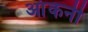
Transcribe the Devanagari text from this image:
आंकनी